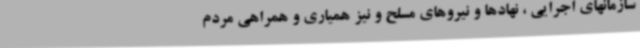
سازمانهای اجرایی ، نهادها و نیروهای مسلح و نیز همیاری و همراهی مردم